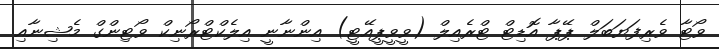
ވޯޓާ ވެރިފަޔަބަލް ޕޭޕާ އޮޑިޓް ޓްރެއިލް (ވީވީޕީއޭޓީ) އިންނާނީ އިލެކްޓްރޯނިކް ވޯޓިންގް މެޝިނާއި